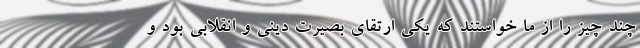
چند چیز را از ما خواستند که یکی ارتقای بصیرت دینی و انقلابی بود و